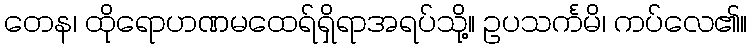
တေန၊ ထိုရောဟဏမထေရ်ရှိရာအရပ်သို့။ ဥပသင်္ကမိ၊ ကပ်လေ၏။